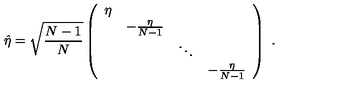
\hat { \eta } = \sqrt { { \frac { N - 1 } { N } } } \left( \begin{array} { c c c c } { \eta } & { } & { } & { } \\ { } & { - { \frac { \eta } { N - 1 } } } & { } & { } \\ { } & { } & { \ddots } & { } \\ { } & { } & { } & { - { \frac { \eta } { N - 1 } } } \\ \end{array} \right) \ .